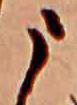
う